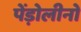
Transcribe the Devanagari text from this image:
पेंड़ोलीनो